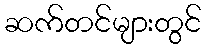
ဆက်တင်များတွင်